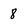
Character: 8